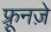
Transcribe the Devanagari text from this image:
फ़्रूनज़े